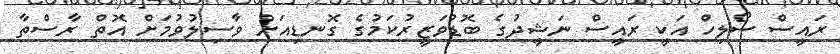
ރައީސް ސޯލިހް އަކީ ރައީސް ނަޝީދުގެ ބޮޑުވަޒީރުކަމުގެ ގޮނޑިއަށް ވާސިލުވުމަށް އޮތް ރާސްތާ